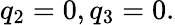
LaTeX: q_{2}=0,q_{3}=0.